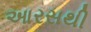
આરસથી